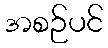
အစဉ်ပင်